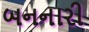
બનનારી